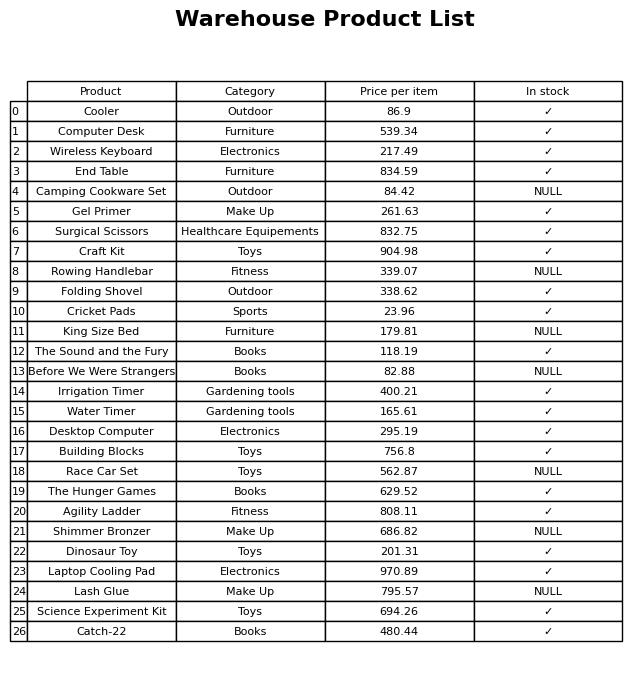
question: What is the stock status of the Folding Shovel?
answer: ✓